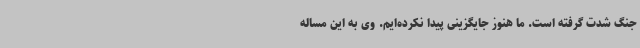
جنگ شدت گرفته است. ما هنوز جایگزینی پیدا نکرده‌ایم. وی به این مساله